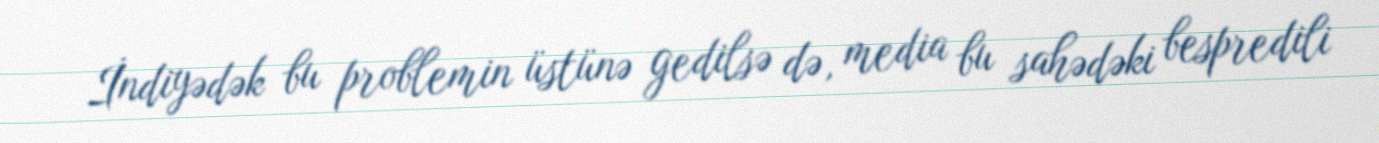
İndiyədək bu problemin üstünə gedilsə də, media bu sahədəki bespredili